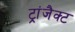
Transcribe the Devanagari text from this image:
ट्रांजैक्ट